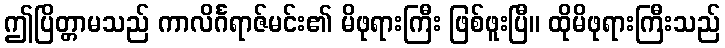
ဤပြိတ္တာမသည် ကာလိင်္ဂရာဇ်မင်း၏ မိဖုရားကြီး ဖြစ်ဖူးပြီ။ ထိုမိဖုရားကြီးသည်